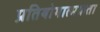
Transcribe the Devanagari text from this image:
प्रतियोगात्मकता